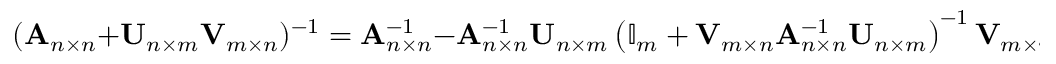
( \mathbf { A } _ { n \times n } + \mathbf { U } _ { n \times m } \mathbf { V } _ { m \times n } ) ^ { - 1 } = \mathbf { A } _ { n \times n } ^ { - 1 } - \mathbf { A } _ { n \times n } ^ { - 1 } \mathbf { U } _ { n \times m } \left( \mathbb { I } _ { m } + \mathbf { V } _ { m \times n } \mathbf { A } _ { n \times n } ^ { - 1 } \mathbf { U } _ { n \times m } \right) ^ { - 1 } \mathbf { V } _ { m \times n } \mathbf { A } _ { n \times n } ^ { - 1 } ,